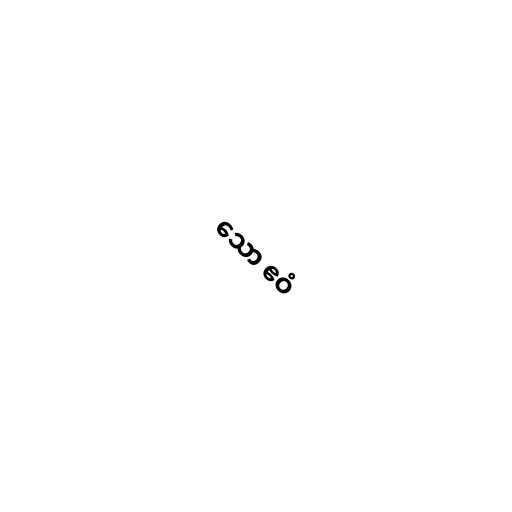
သော ဧဝံ